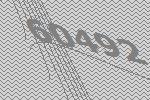
60492